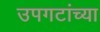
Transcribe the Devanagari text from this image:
उपगटांच्या